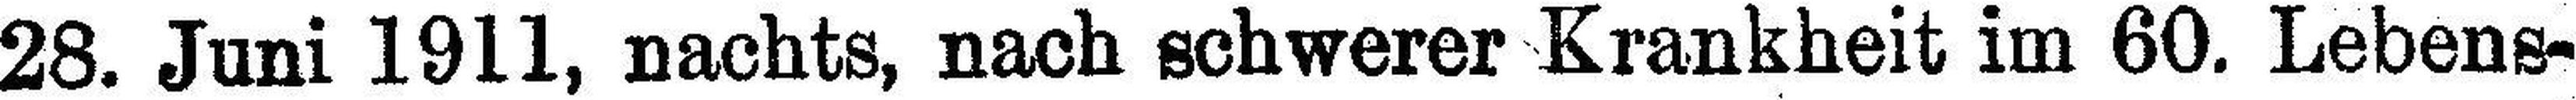
28. Juni 1911, nachts, nach schwerer Krankheit im 60. Lebens¬